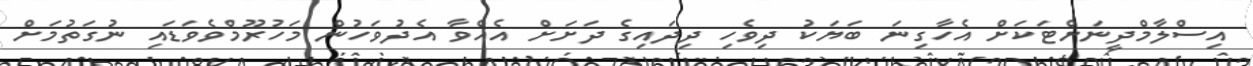
އިސްލާމްދީނަށްޓަކަށް އެހާގިނަ ބަޔަކު ދިވެހި ދިދައިގެ ދަށަށް އެއްވާ އެދުވަހުން މަހުރޫމްވެވަޑައި ނުގަތުމަށް